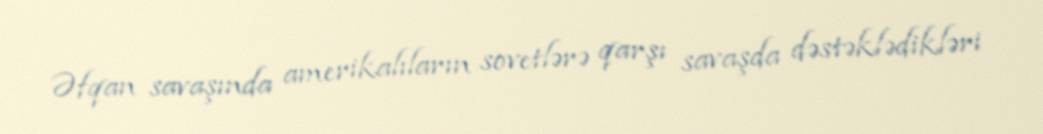
Əfqan savaşında amerikalıların sovetlərə qarşı savaşda dəstəklədikləri